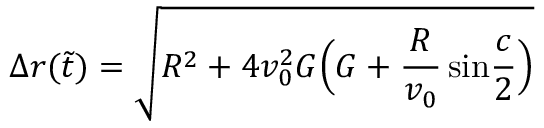
\Delta r ( \tilde { t } ) = \sqrt { R ^ { 2 } + 4 v _ { 0 } ^ { 2 } G \Big ( G + { \frac { R } { v _ { 0 } } } \, \mathrm { s i n } { \frac { c } { 2 } } \Big ) }